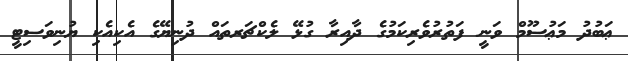
ޢަބުދު މަޢުސޫމް ވަނީ ފަތުރުވެރިކަމުގެ ދާއިރާ ގުޅޭ ލެކްޗަރތައް ދުނިޔޭގެ އެކިއެކި ޔުނިވަސިޓީ